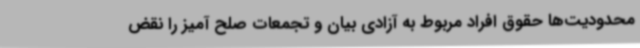
محدودیت‌ها حقوق افراد مربوط به آزادی بیان و تجمعات صلح آمیز را نقض